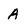
Character: A